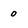
Character: 0